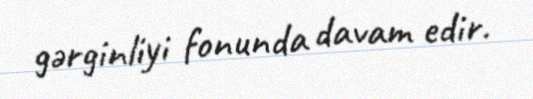
gərginliyi fonunda davam edir.